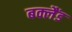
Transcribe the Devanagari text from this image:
बक्लैंड